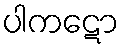
ပါကဋော